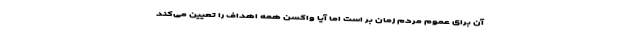
آن برای عموم مردم زمان بر است اما آیا واکسن همه اهداف را تعیین می‌کند